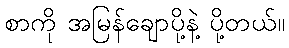
စာကို အမြန်ချောပို့နဲ့ ပို့တယ်။